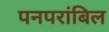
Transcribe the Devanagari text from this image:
पनपरांबिल